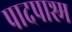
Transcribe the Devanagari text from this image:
पादपाश्म